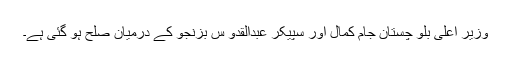
وزیر اعلی بلو چستان جام کمال اور سپیکر عبدالقدو س بزنجو کے درمیان صلح ہو گئی ہے۔